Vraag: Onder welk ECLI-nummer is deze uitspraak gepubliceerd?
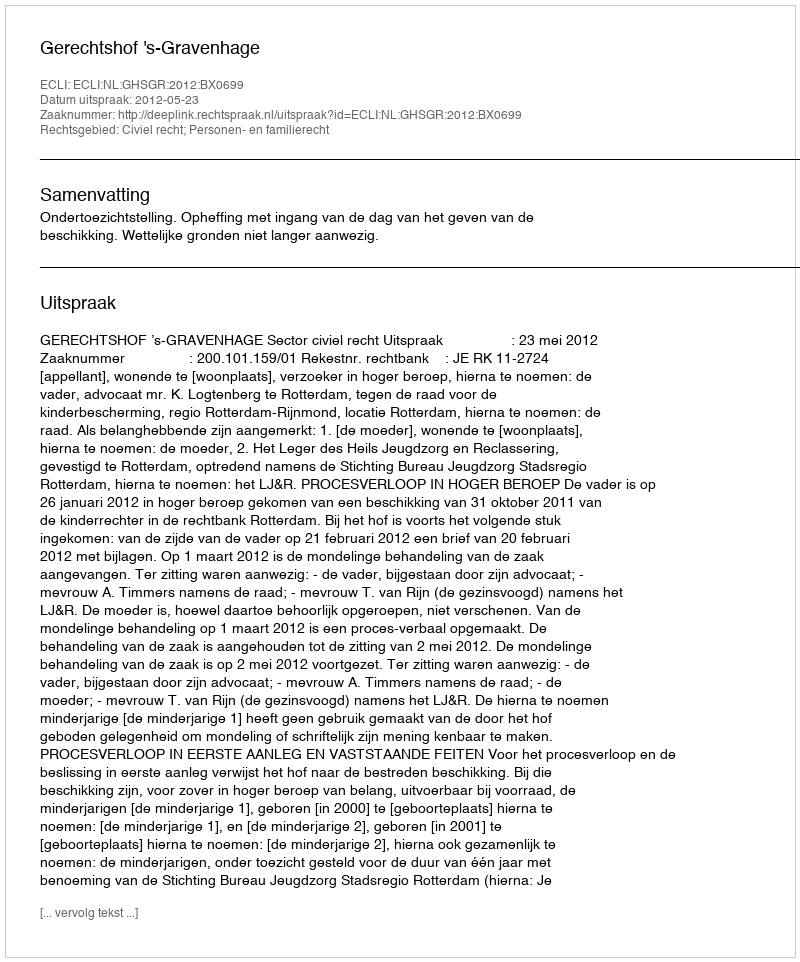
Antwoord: ECLI:NL:GHSGR:2012:BX0699